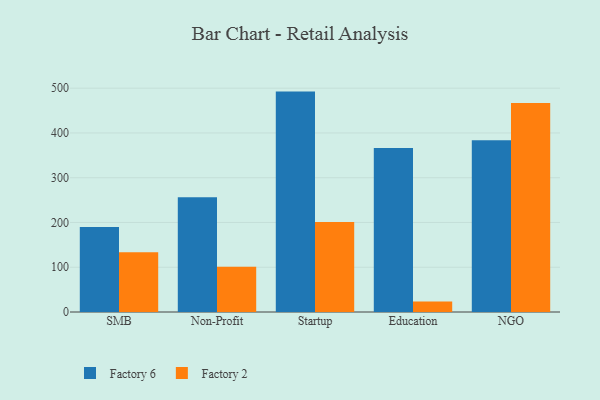
{"axis": {"x": "Segment", "y": "Headcount"}, "legend": ["Factory 2", "Factory 6"], "data": [{"x": "SMB", "y": 189.8, "type": "Factory 6"}, {"x": "SMB", "y": 133.3, "type": "Factory 2"}, {"x": "Non-Profit", "y": 256.5, "type": "Factory 6"}, {"x": "Non-Profit", "y": 100.9, "type": "Factory 2"}, {"x": "Startup", "y": 492.4, "type": "Factory 6"}, {"x": "Startup", "y": 201.3, "type": "Factory 2"}, {"x": "Education", "y": 366.2, "type": "Factory 6"}, {"x": "Education", "y": 23.7, "type": "Factory 2"}, {"x": "NGO", "y": 383.9, "type": "Factory 6"}, {"x": "NGO", "y": 467.2, "type": "Factory 2"}]}